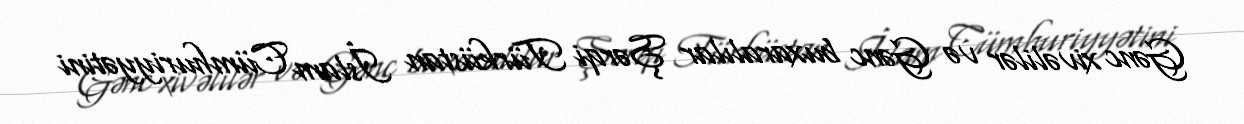
Gənc xivəlilər və Gənc buxaralılar Şərqi Türküstan İslam Cümhuriyyətini